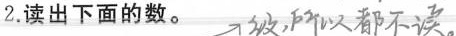
2.读出下面的数。##级，所以都不读。##